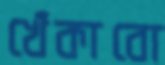
খেঁকাবো